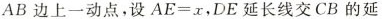
AB边上一动点，设$$ A E = x $$，DE延长线交CB的延